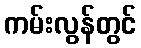
ကမ်းလွန်တွင်